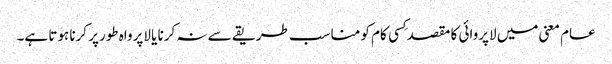
عام معنی میں لاپروائی کا مقصد کِسی کام کو مناسب طریقے سے نہ کرنا یا لاپرواہ طورپر کرنا ہوتا ہے۔